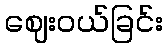
ဈေးဝယ်ခြင်း